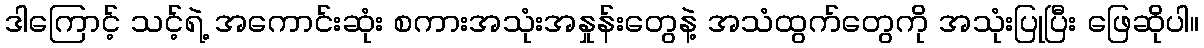
ဒါကြောင့် သင့်ရဲ့ အကောင်းဆုံး စကားအသုံးအနှုန်းတွေနဲ့ အသံထွက်တွေကို အသုံးပြုပြီး ဖြေဆိုပါ။